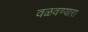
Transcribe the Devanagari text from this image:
वळवण्यारा